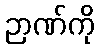
ဉာဏ်ကို